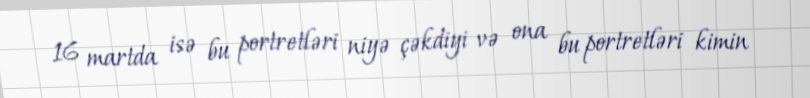
16 martda isə bu portretləri niyə çəkdiyi və ona bu portretləri kimin